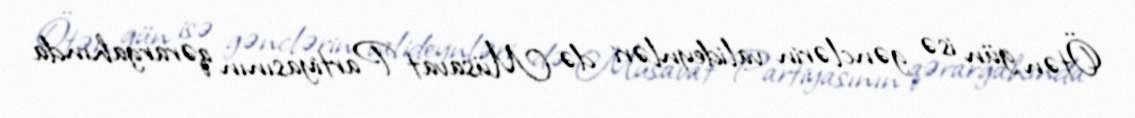
Ötən gün isə gənclərin valideynləri də Müsavat Partiyasının qərargahında